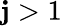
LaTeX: \mathbf{j}>1